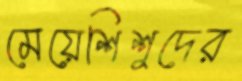
মেয়েশিশুদের